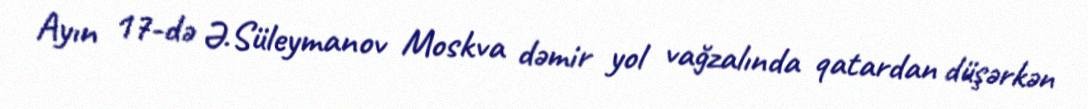
Ayın 17-də Ə.Süleymanov Moskva dəmir yol vağzalında qatardan düşərkən